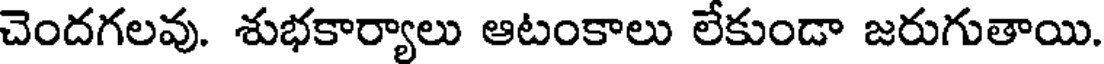
చెందగలవు. శుభకార్యాలు ఆటంకాలు లేకుండా జరుగుతాయి.